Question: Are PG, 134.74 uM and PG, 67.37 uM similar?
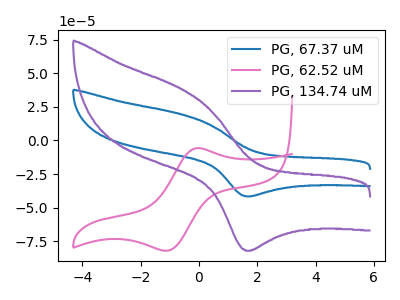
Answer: <think>The blue curve "PG, 67.37 uM" has an anodic peak at (-0.55V, 19.10uA) and a cathodic peak at (1.70V, -41.65uA). The pink curve "PG, 62.52 uM" has an anodic peak at (-0.05V, -5.75uA) and a cathodic peak at (-1.10V, -82.00uA). The purple curve "PG, 134.74 uM" has an anodic peak at (-0.55V, 37.65uA) and a cathodic peak at (1.70V, -82.10uA).
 All the peaks in "PG, 134.74 uM" have a peak in "PG, 67.37 uM" at the same potential. Every peak in "PG, 134.74 uM" is higher than every peak in "PG, 67.37 uM".</think>
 <answer>"PG, 134.74 uM" and "PG, 67.37 uM" are similar in shape.</answer>
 <eval>same_shape</eval>